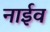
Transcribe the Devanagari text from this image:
नाईव